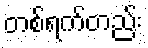
တစ်ရက်တည်း